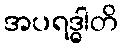
အပရဒ္ဓါတိ